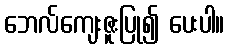
ဘေလ်ကျေးဇူးပြု၍ ပေးပါ။